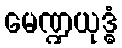
မေဏ္ဍယုဒ္ဓံ